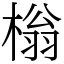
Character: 㮬